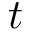
t